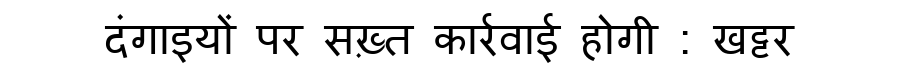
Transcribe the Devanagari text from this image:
दंगाइयों पर सख़्त कार्रवाई होगी : खट्टर